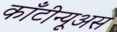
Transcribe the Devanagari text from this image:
काँटीन्यूअस